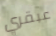
عبقري